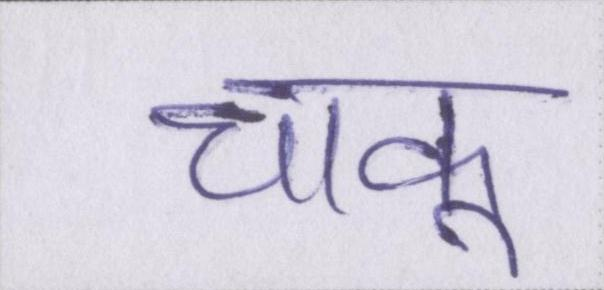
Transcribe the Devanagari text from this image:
चाकू